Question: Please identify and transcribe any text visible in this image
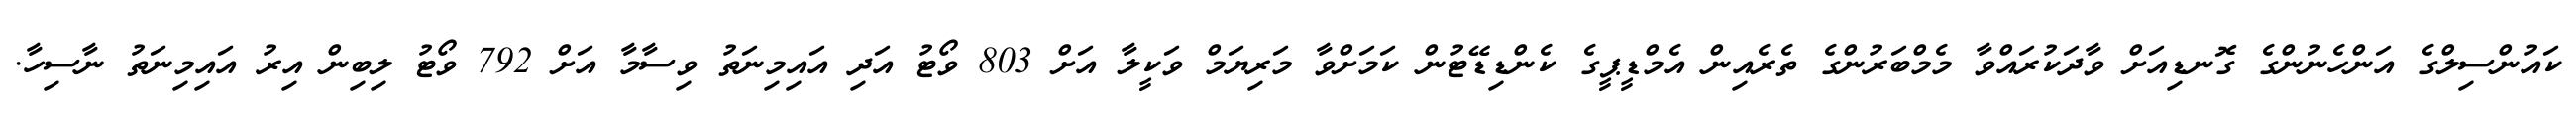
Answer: ކައުންސިލްގެ އަންހެނުންގެ ގޮނޑިއަށް ވާދަކުރައްވާ މެމްބަރުންގެ ތެރެއިން އެމްޑީޕީގެ ކެންޑިޑޭޓުން ކަމަށްވާ މަރިޔަމް ވަކީލާ އަށް 803 ވޯޓު އަދި އައިމިނަތު ވިސާމާ އަށް 792 ވޯޓު ލިބިން އިރު އައިމިނަތު ނާސިހާ.